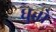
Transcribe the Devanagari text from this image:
धुतो